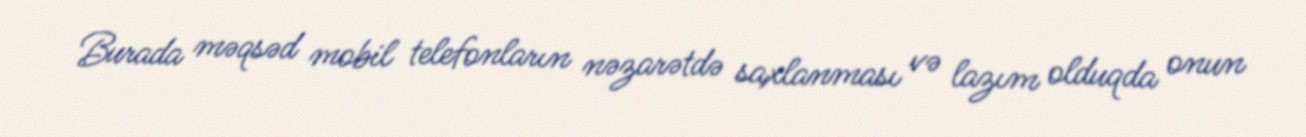
Burada məqsəd mobil telefonların nəzarətdə saxlanması və lazım olduqda onun